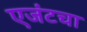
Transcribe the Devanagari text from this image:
एजंटचा